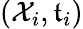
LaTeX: (\mathcal{X}_{i},\mathfrak{t}_{i})